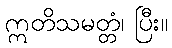
ဣတိသမတ္တံ၊ ပြီး။